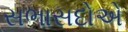
સભાસદોએ